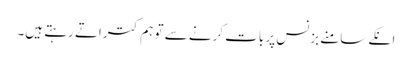
انکے سامنے بزنس پر بات کرنے سے تو ہم کتراتے رہتے ہیں۔